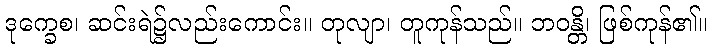
ဒုက္ခေစ၊ ဆင်းရဲ၌လည်းကောင်း။ တုလျာ၊ တူကုန်သည်။ ဘဝန္တိ၊ ဖြစ်ကုန်၏။